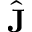
\hat { \bf J }